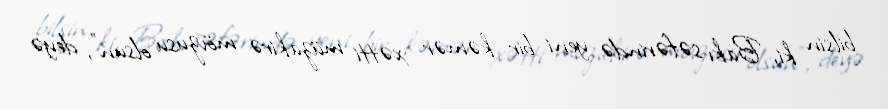
bilsin ki, Bakı səfərində yeni bir kəmər xətti müzakirə mövzusu olsun”, deyə